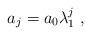
LaTeX: \begin{align*}a_j = a_0 \lambda_1^j \;,\end{align*}